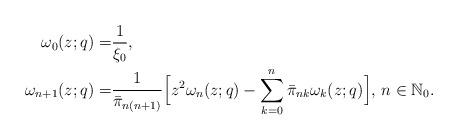
LaTeX: \begin{align*}\omega_0(z;q)=&\frac{1}{\xi_0}, \\\omega_{n+1}(z;q)=& \frac{1}{\bar{\pi}_{n(n+1)}}\Big[z^{2}\omega_{n}(z;q)-\sum_{k=0}^{n} \bar{\pi}_{nk} \omega_k(z;q)\Big], \, n\in \mathbb{N}_0.\end{align*}